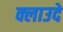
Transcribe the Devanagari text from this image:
क्लाउदे